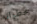
خطواته